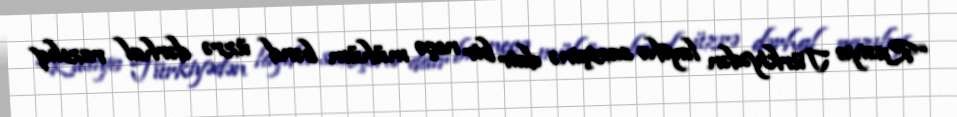
“Rusiya Türkiyədən layihə sazişinə dair bir neçə mühüm bənd üzrə dərhal razılıq